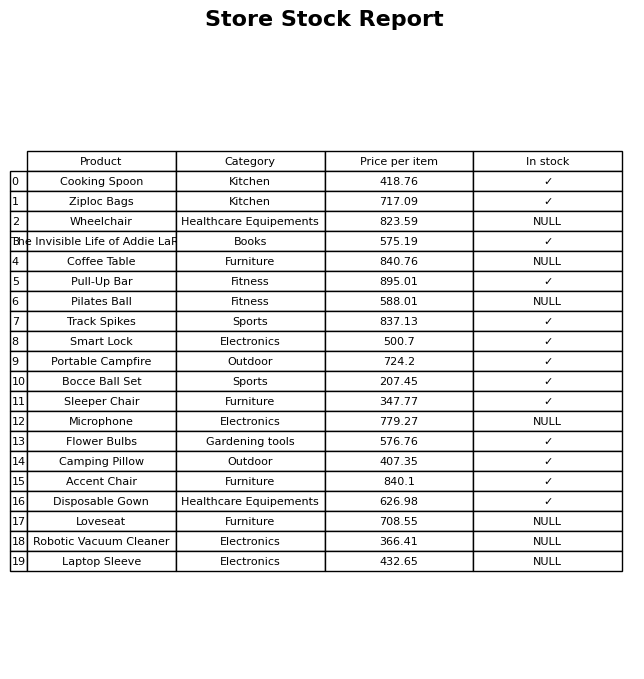
question: What is the price for Track Spikes?
answer: The price of Track Spikes is 837.13.